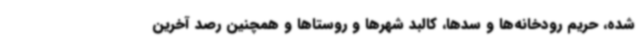
شده، حریم رودخانه‌ها و سدها، کالبد شهرها و روستاها و همچنین رصد آخرین